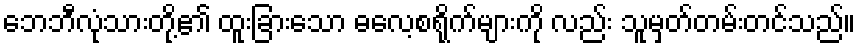
ဘေဘီလုံသားတို့၏ ထူးခြားသော ဓလေ့စရိုက်များကို လည်း သူမှတ်တမ်းတင်သည်။